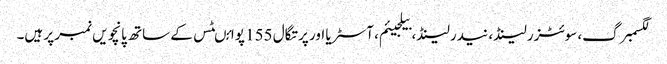
لگسمبرگ، سوئٹزرلینڈ، نیدرلینڈ، بیلجیئم، آسٹریا اور پرتگال 155 پوائںٹس کے ساتھ پانچویں نمبر پر ہیں۔